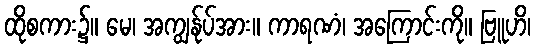
ထိုစကား၌။ မေ၊ အကျွန်ုပ်အား။ ကာရဏံ၊ အကြောင်းကို။ ဗြူဟိ၊